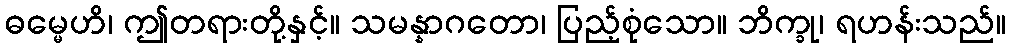
ဓမ္မေဟိ၊ ဤတရားတို့နှင့်။ သမန္နာဂတော၊ ပြည့်စုံသော။ ဘိက္ခု၊ ရဟန်းသည်။